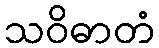
သဝိဓာတံ